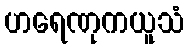
ဟရေဏုကယူသံ